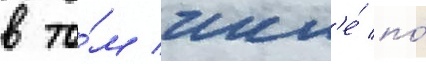
в то́м числ'е́ по́